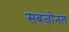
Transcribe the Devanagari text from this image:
सबज़ोनल